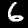
Label: 6